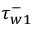
\tau _ { w 1 } ^ { - }